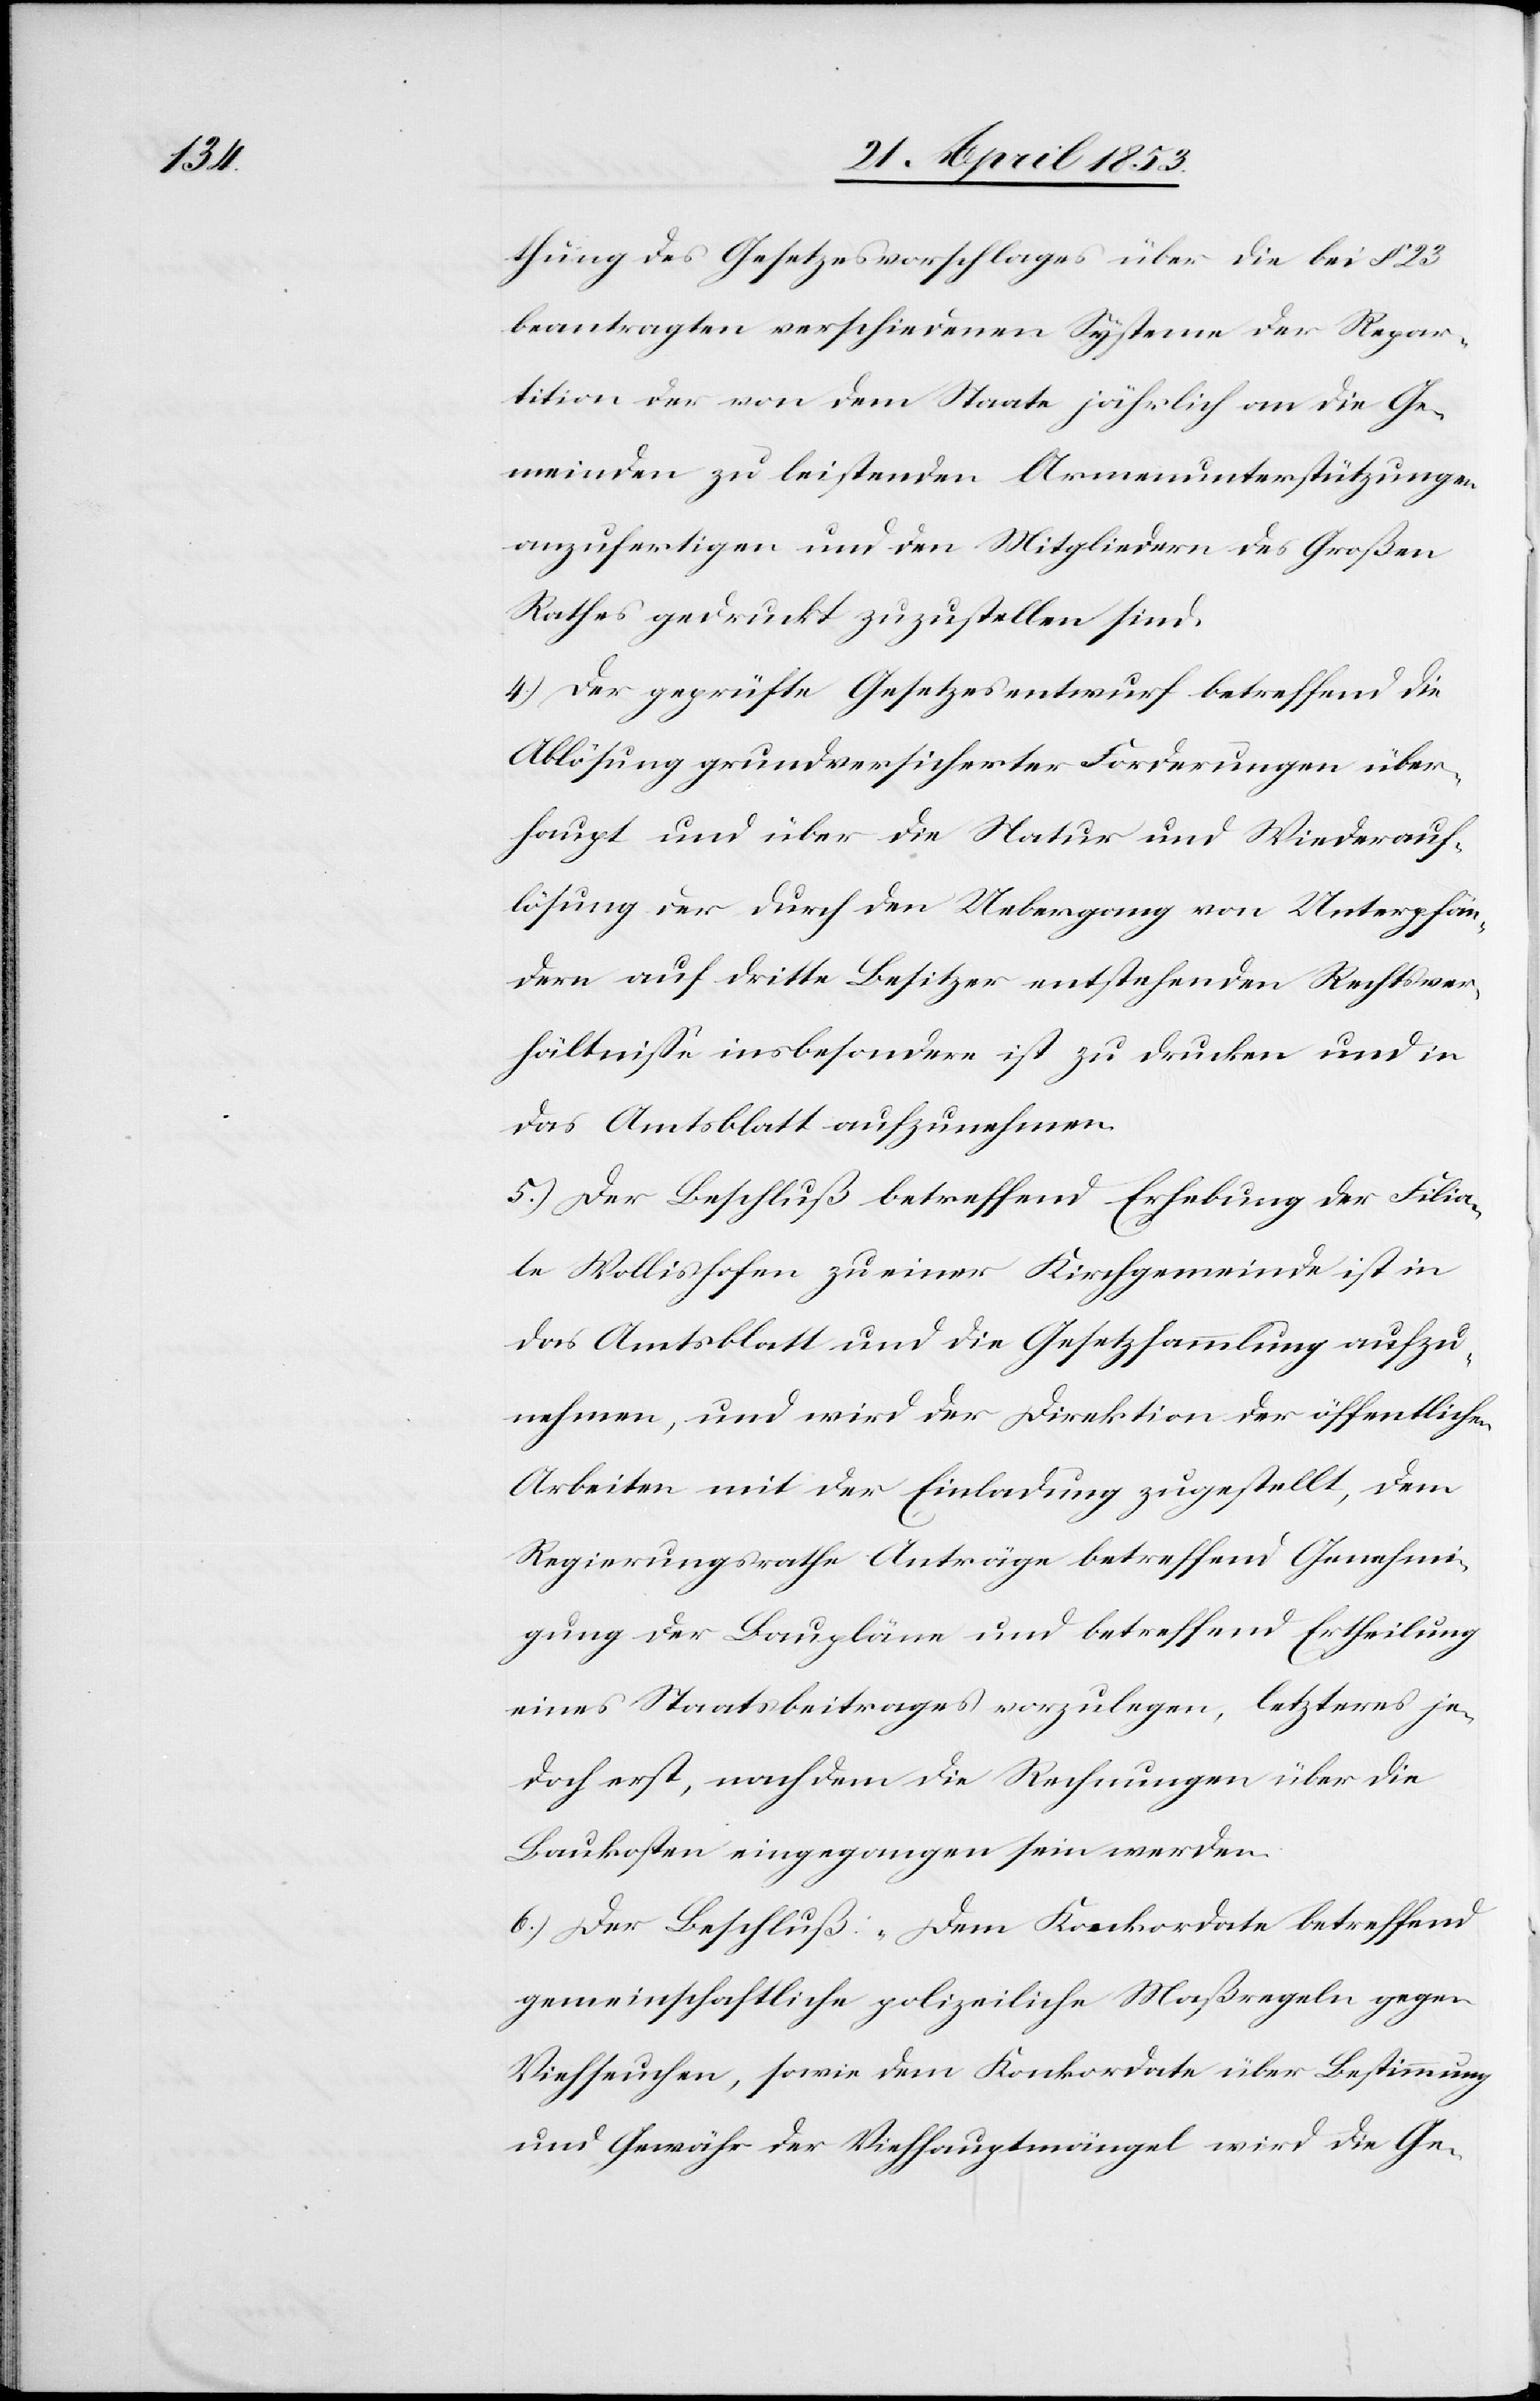
thung des Gesetzesvorschlages über die bei § 23
beantragten verschiedenen Systeme der Repar¬
tition der von dem Staate jährlich an die Ge¬
meinden zu leistenden Armenunterstützungen
anzufertigen und den Mitgliedern des Großen
Rathes gedruckt zuzustellen sind.
4.) Der geprüfte Gesetzesentwurf betreffend die
Ablösung grundversicherter Forderungen über¬
haupt und über die Natur und Wiederauf¬
lösung der durch den Uebergang von Unterpfän¬
dern auf dritte Besitzer entstehenden Rechtsver¬
hältniße insbesondere ist zu drucken und in
das Amtsblatt aufzunehmen.
5.) Der Beschluß betreffend Erhebung der Filia¬
le Wollishofen zu einer Kirchgemeinde ist in
das Amtsblatt und die Gesetzessammlung aufzu¬
nehmen, und wird der Direktion der öffentlichen
Arbeiten mit der Einladung zugestellt, dem
Regierungsrathe Anträge betreffend Genehmi¬
gung der Baupläne und betreffend Ertheilung
eines Staatsbeitrages vorzulegen, letzteres je¬
doch erst, nachdem die Rechnungen über die
Baukosten eingegangen sein werden.
6.) Der Beschluß: „Dem Konkordate betreffend
gemeinschaftliche polizeiliche Maßregeln gegen
Viehseuchen, sowie dem Konkordate über Bestimmung
und Gewähr der Viehhauptmängel wird die Ge-